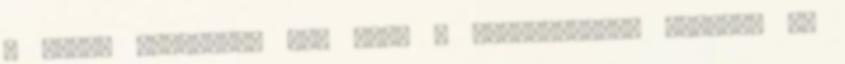
A ferde szemöldök --- mely a mongolokéhoz hasonló 8.